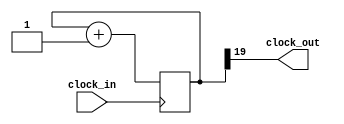
`timescale 1ns / 1ps


module freq_div(
    input clock_in,
    output clock_out
    );
    parameter width=26;
    reg [width-1:0] count;
    always @(posedge clock_in)
    begin
        count<=count+1;
    end
    assign clock_out=count[19];
endmodule